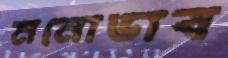
মনোভাব